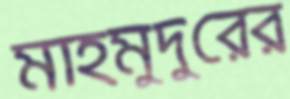
মাহমুদুরের